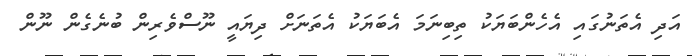
އަދި އެތަނުގައި އެހެންބަޔަކު ތިބިނަމަ އެބަޔަކު އެތަނަށް ދިޔައީ ނޫސްވެރިން ބުނެގެން ނޫން